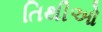
તિથીઓ